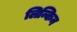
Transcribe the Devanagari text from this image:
लिन्किन